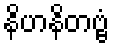
နိဟနိတဗ္ဗံ